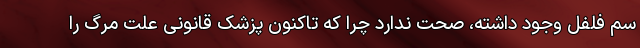
سم فلفل وجود داشته، صحت ندارد چرا که تاکنون پزشک قانونی علت مرگ را